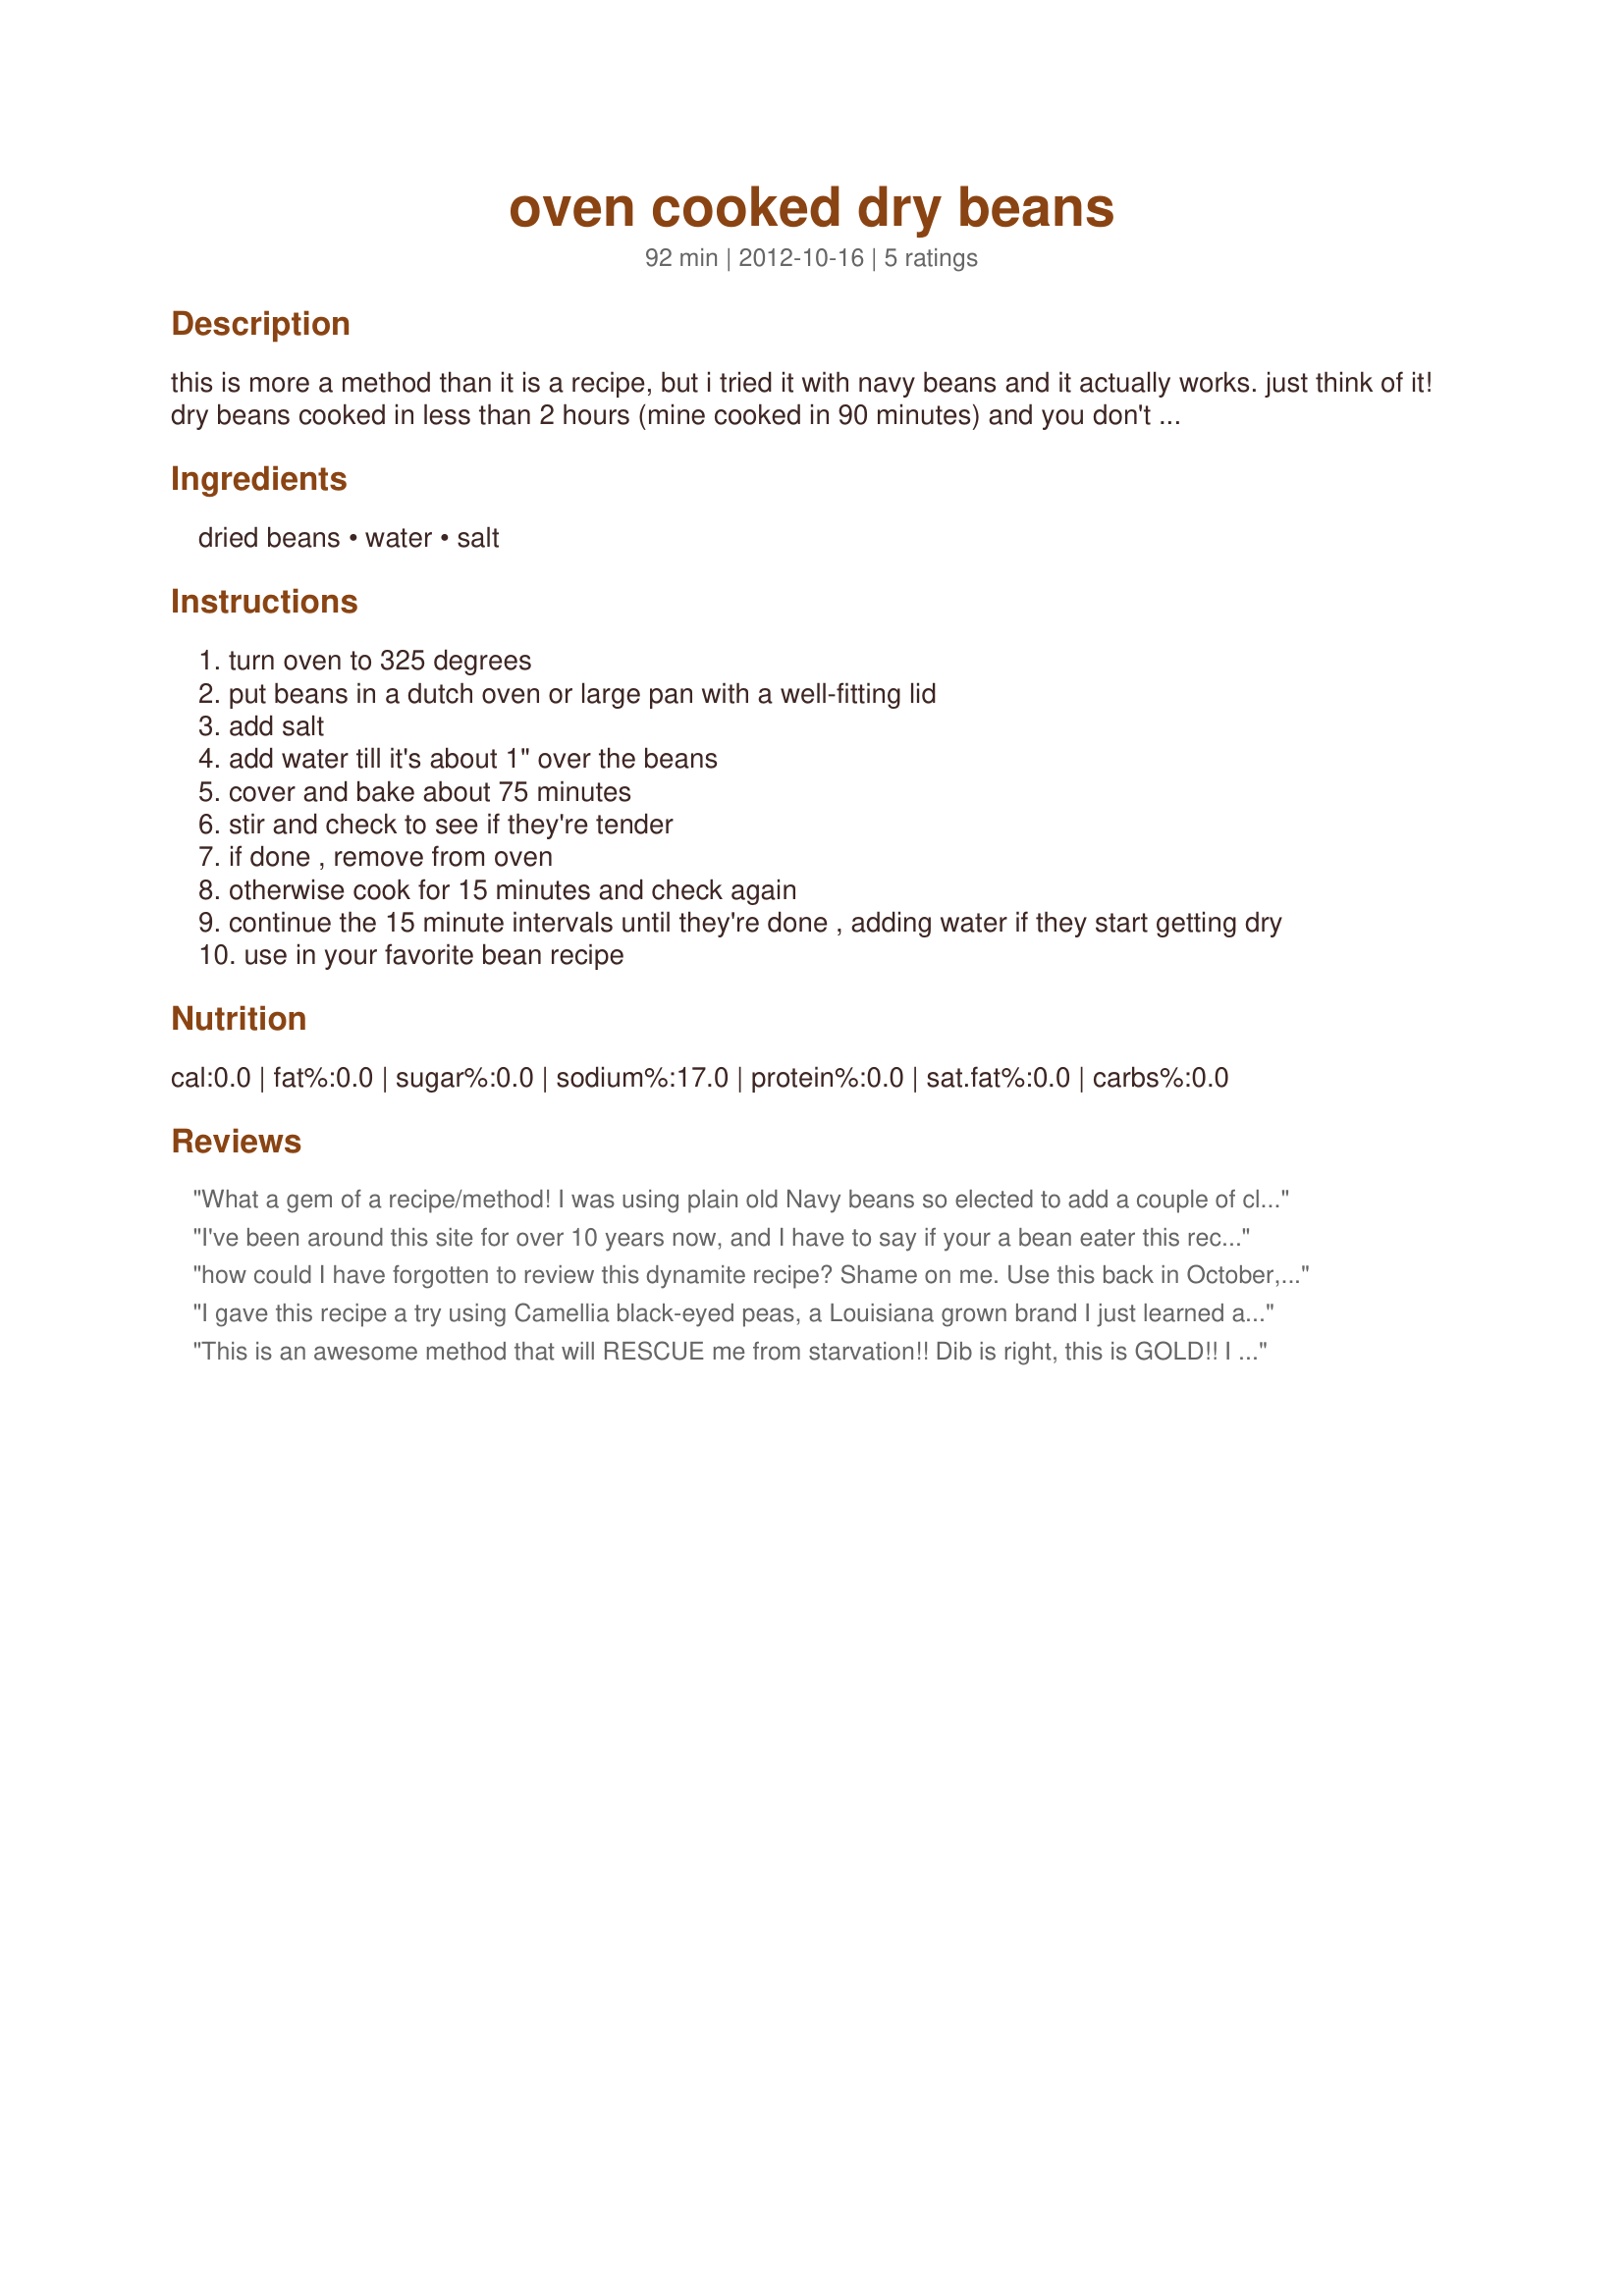
oven cooked dry beans
Preparation time: 92 minutes

this is more a method than it is a recipe, but i tried it with navy beans and it actually works. just think of it! dry beans cooked in less than 2 hours (mine cooked in 90 minutes) and you don't even have to pre-soak them. i found this at a site called the kitchn. it says in the article that you can also use a clay pot.

Ingredients:
dried beans, water, salt

Steps:
turn oven to 325 degrees
put beans in a dutch oven or large pan with a well-fitting lid
add salt
add water till it's about 1" over the beans
cover and bake about 75 minutes
stir and check to see if they're tender
if done , remove from oven
otherwise cook for 15 minutes and check again
continue the 15 minute intervals until they're done , adding water if they start getting dry
use in your favorite bean recipe

Reviews:
What a gem of a recipe/method! I was using plain old Navy beans so elected to add a couple of cloves of garlic, some celery greens and a bay leaf to the water. I had more than 1 lb. of beans so it took a little longer for mine to cook. Likely just under 2 hours.<br/>Thanks for sharing this awesome method!
I've been around this site for over 10 years now, and I have to say if your a bean eater this recipe is GOLD and it will be put to use weekly! Okra, thank you so much for posting this method. My beans took two hours however my oven is running cool so I expected it. I added 2 bay leaves as I'm using these beans tomorrow for New Years Day Ham and Beans. And the beans.....those babies are perfect! Talk about a useful recipe-thank you SO MUCH for taking the time to post it!
how could I have forgotten to review this dynamite recipe? Shame on me. Use this back in October, the start of soup season & I'd give it 10 stars if I could. It's the Best, the Easiest Ever. Thanks Okra for posting it.
I gave this recipe a try using Camellia black-eyed peas, a Louisiana grown brand I just learned about. This recipe rocks! The only change I made was to add a small chunk of ham for flavor. My peas were prerfectly done in 75 minutes, and since we eat them as a side dish, I froze in one cup portions. Thank you Okra, for this easy to do method.
This is an awesome method that will RESCUE me from starvation!! Dib is right, this is GOLD!! I just switched to a Vegan diet and walk around hungry all the time cuz I&#039;m too lazy or too disorganized to presoak beans etc....with this NO Worries. I did organic navy beans and they were delicious...threw in onion, garlic, bay leaves, a littlle salt pork (yeah, a little flavor trumps strict vegan), salt, pepper....and it is delicious....ready in two hours! I will use this several times a week....thank you so much.&lt;br/&gt;Update: I used this again for chickpeas for a great success. Took about 3 hours at 325. Much more tender than any other batch of chickpeas I&#039;ve cooked on the burner. Just delicious. Thanks again! I hope others try this method...I&#039;m a total convert.
